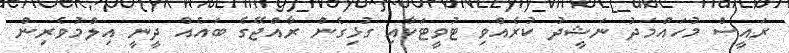
ރައީސް މުހައްމަދު ނަޝީދު ކުރެއްވި ޓުވީޓަކާއި ގުޅިގެން ރާއްޖޭގެ ބައެއް ދީނީ އިލްމުވެރިން